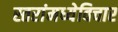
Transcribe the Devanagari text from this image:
स्तरांमध्येविचार